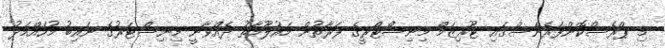
މި ޕްރެސްކޮންފަރެންސްގައި ޓޫރިޒަމް މިނިސްޓްރީގެ ފަރާތުން މައުލޫމާތު ދެއްވާނީ މިނިސްޓަރުގެ ނައިބު މުހައްމަދު